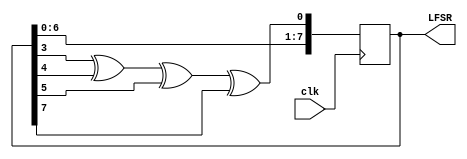
`timescale 1ns / 1ps
//////////////////////////////////////////////////////////////////////////////////
// Company: 
// Engineer: 
// 
// Design Name: 
// Module Name: MLSCounter
// Project Name: 
// Target Devices: 
// Tool Versions: 
// Description: 
// 
// Dependencies: 
// 
// Revision:
// Revision 0.01 - File Created
// Additional Comments:
// 
//////////////////////////////////////////////////////////////////////////////////

module MLSCounter(clk, LFSR);
input clk;
output reg [7:0] LFSR = 42;
wire w1 = LFSR[3];
wire w2 = LFSR[2];
wire w3 = LFSR[1];
wire w4 = LFSR[7];
always@(posedge clk)
 begin
 LFSR[7:1] <= LFSR[6:0];
 LFSR[0] <= LFSR[3]^LFSR[4]^LFSR[5]^LFSR[7];
end
endmodule